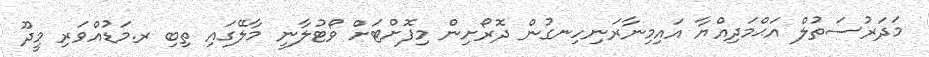
މަދަރުސަތުލް އަޙްމަދިއްޔާ އައިމިނާރަނިހިނގުން ދޮރޯށިން މިފޮށްޓަށް ވޯޓުލާނީ މާލޭގައި ތިބި ރ.މަޑުއްވަރި މީދޫ